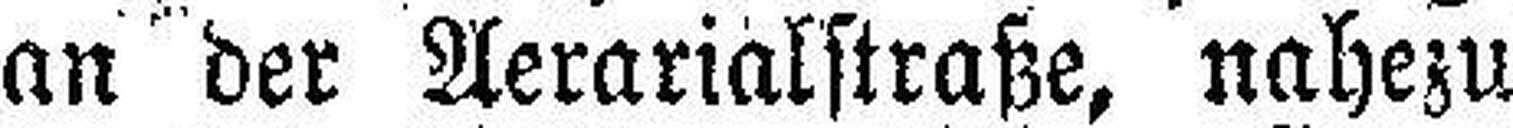
an der Aerarialstraße, nahezu